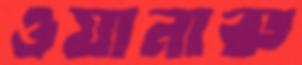
ওয়ানারু